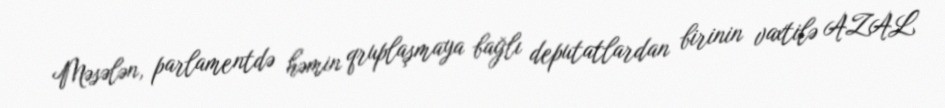
Məsələn, parlamentdə həmin qruplaşmaya bağlı deputatlardan birinin vaxtilə AZAL